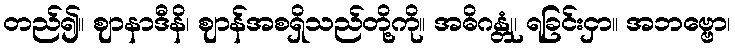
တည်၍။ ဈာနာဒီနိ၊ ဈာန်အစရှိသည်တို့ကို။ အဓိဂန္တုံ၊ ရခြင်းငှာ။ အဘဗ္ဗော၊